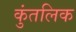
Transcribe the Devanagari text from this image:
कुंतलिक